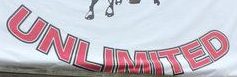
UNLIMITED